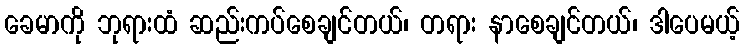
ခေမာကို ဘုရားထံ ဆည်းကပ်စေချင်တယ်၊ တရား နာစေချင်တယ်၊ ဒါပေမယ့်